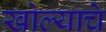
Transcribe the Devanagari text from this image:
खोल्याचे